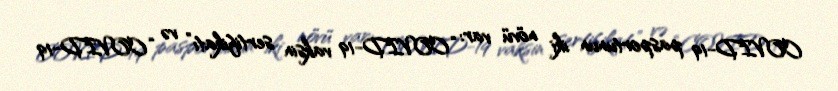
COVID-19 pasportunun iki növü var: “COVID-19 vaksin sertifikatı” və “COVID-19